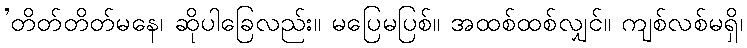
’တိတ်တိတ်မနေ၊ ဆိုပါခြေလည်း။ မပြေမပြစ်။ အထစ်ထစ်လျှင်။ ကျစ်လစ်မရှိ၊